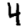
Digit: 4